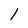
Character: l